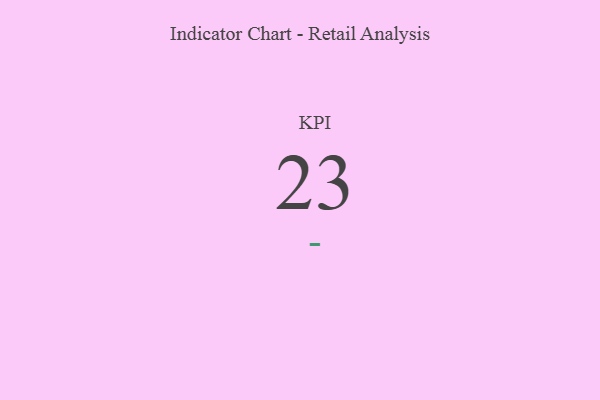
{"axis": {"x": "KPI", "y": "Value"}, "legend": [""], "data": [{"x": "KPI", "y": 23, "type": ""}]}